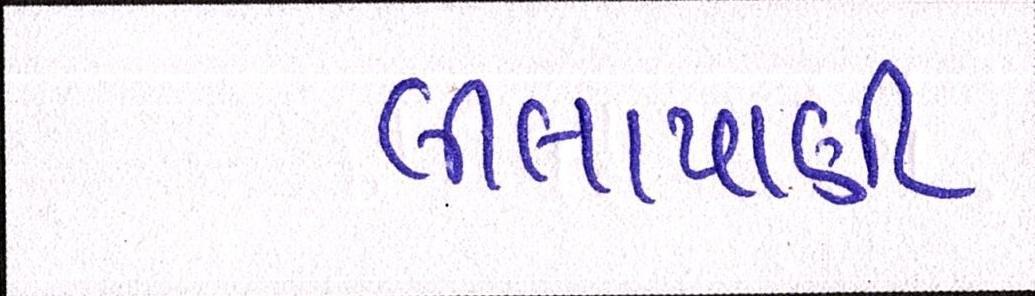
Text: લીલાપાણી